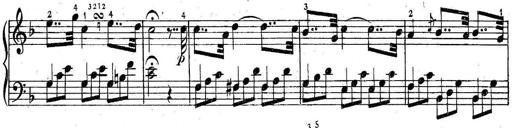
Title: 6 Easy Sonatinas
Composer: Carl Czerny